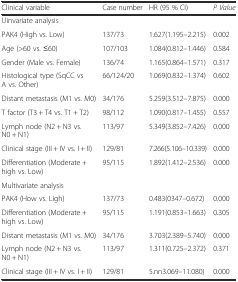
<table><thead><tr><td><b>Clinical variable</b></td><td><b>Case number</b></td><td><b>HR (95 % CI)</b></td><td><b><i>P Value</i></b></td></tr></thead><tbody><tr><td>Uinvariate analysis</td><td></td><td></td><td></td></tr><tr><td>PAK4 (High vs. Low)</td><td>137/73</td><td>1.627(1.195–2.215)</td><td>0.002</td></tr><tr><td>Age (&gt;60 vs. ≤60)</td><td>107/103</td><td>1.084(0.812–1.446)</td><td>0.584</td></tr><tr><td>Gender (Male vs. Female)</td><td>136/74</td><td>1.165(0.864–1.571)</td><td>0.317</td></tr><tr><td>Histological type (SqCC vs A vs. Other)</td><td>66/124/20</td><td>1.069(0.832–1.374)</td><td>0.602</td></tr><tr><td>Distant metastasis (M1 vs. M0)</td><td>34/176</td><td>5.259(3.512–7.875)</td><td>0.000</td></tr><tr><td>T factor (T3 + T4 vs. T1 + T2)</td><td>98/112</td><td>1.090(0.817–1.455)</td><td>0.557</td></tr><tr><td>Lymph node (N2 + N3 vs. N0 + N1)</td><td>113/97</td><td>5.349(3.852–7.426)</td><td>0.000</td></tr><tr><td>Clinical stage (III + IV vs. I + II)</td><td>129/81</td><td>7.266(5.106–10.339)</td><td>0.000</td></tr><tr><td>Differentiation (Moderate + high vs. Low)</td><td>95/115</td><td>1.892(1.412–2.536)</td><td>0.000</td></tr><tr><td>Multivariate analysis</td><td></td><td></td><td></td></tr><tr><td>PAK4 (How vs. Ligh)</td><td>137/73</td><td>0.483(0347–0.672)</td><td>0.000</td></tr><tr><td>Differentiation (Moderate + high vs. Low)</td><td>95/115</td><td>1.191(0.853–1.663)</td><td>0.305</td></tr><tr><td>Distant metastasis (M1 vs. M0)</td><td>34/176</td><td>3.703(2.389–5.740)</td><td>0.000</td></tr><tr><td>Lymph node (N2 + N3 vs. N0 + N1)</td><td>113/97</td><td>1.311(0.725–2.372)</td><td>0.371</td></tr><tr><td>Clinical stage (III + IV vs. I + II)</td><td>129/81</td><td>5.nn3.069–11.080)</td><td>0.000</td></tr></tbody></table>